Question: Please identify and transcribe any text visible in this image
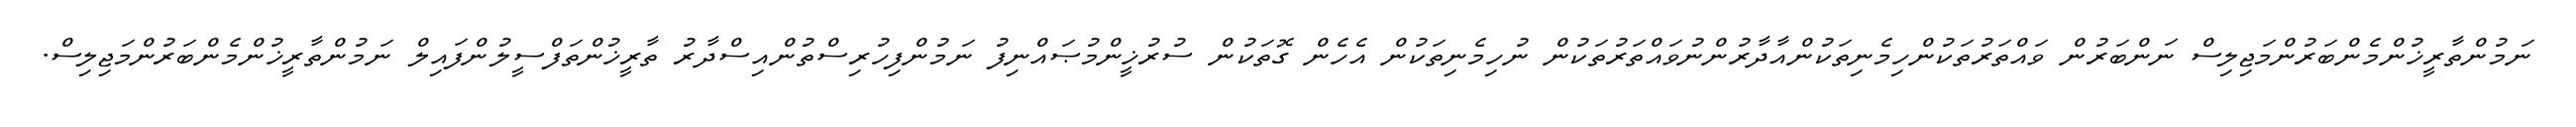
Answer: ނަމުންތާރީޚުންމެންބަރުންމަޖިލިސް ނަންބަރުން ވައްތަރުތަކުންހިމެނިތަކުންއާދާރުންނުވައްތަރުތަކުން ނުހިމެނިތަކުން އެހެން ގޮތަކުން ސުރުޚީންމުޞައްނިފު ނަމުންފިހުރިސްތުންއިސްދާރު ތާރީޚުންތަފްސީލުންފައިލް ނަމުންތާރީޚުންމެންބަރުންމަޖިލިސް.